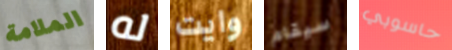
الملامة له وايت سيقام حاسوبي